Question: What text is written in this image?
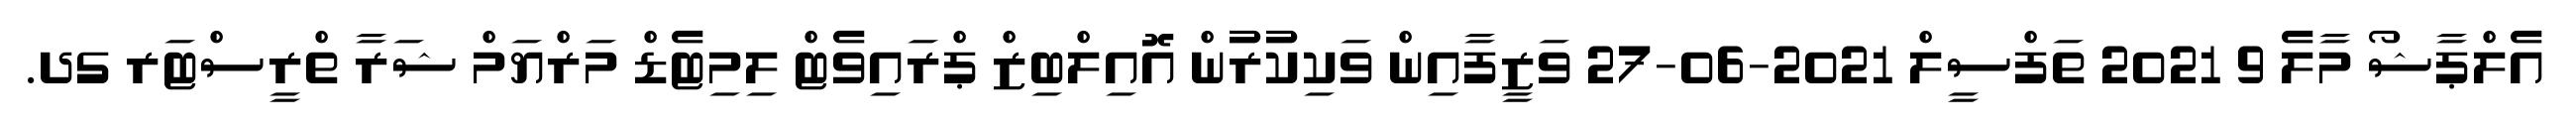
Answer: އެލްޕާޝޯ މާލެ 9 2021 ތަފްސީލް 2021-06-27 ވަޒީފާއިން ވަކިކުރުން އޮއިލްބިޒް ޕްރައިވެޓް ލިމިޓެޑް މަރްޔަމް ޝަރާ ތްރީސްޓަރ ގދ.